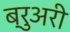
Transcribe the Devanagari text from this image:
ब्रुअरी